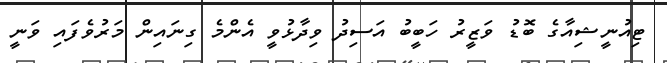
ޓިއުނީޝިއާގެ ބޮޑު ވަޒީރު ހަބީބު އަސިދު ވިދާޅުވީ އެންމެ ގިނައިން މަރުވެފައި ވަނީ